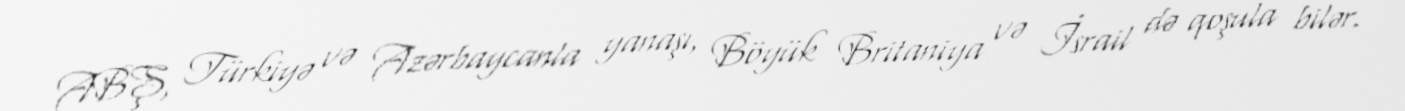
ABŞ, Türkiyə və Azərbaycanla yanaşı, Böyük Britaniya və İsrail də qoşula bilər.